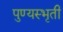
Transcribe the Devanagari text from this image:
पुण्यस्भृती